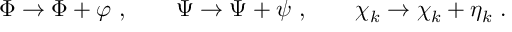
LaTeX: \Phi \to \Phi + \varphi \ , \qquad \Psi \to \Psi + \psi \ , \qquad \chi _ { k } \to \chi _ { k } + \eta _ { k } \ .